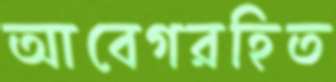
আবেগরহিত